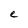
Character: e